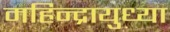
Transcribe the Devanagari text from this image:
महिन्द्रायुध्या